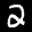
Label: 2